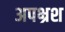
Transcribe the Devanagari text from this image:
अपभ्रश